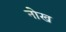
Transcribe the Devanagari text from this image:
नोख